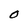
Character: O